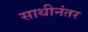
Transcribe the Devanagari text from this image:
साथीनंतर